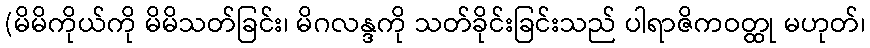
(မိမိကိုယ်ကို မိမိသတ်ခြင်း၊ မိဂလန္ဒကို သတ်ခိုင်းခြင်းသည် ပါရာဇိကဝတ္ထု မဟုတ်၊